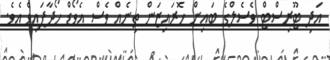
އަދި ޓޫރިސްޓް ވެސެލްގެ ބައިން ހޮރައިޒަން ތިނެއް ވެސް އެވޯޑް ހޯދާފައިވެ އެވެ.